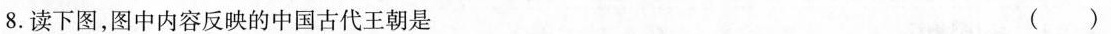
8.读下图，图中内容反映的中国古代王朝是 ()